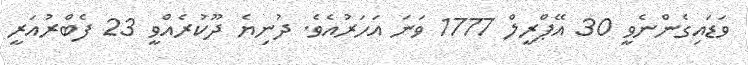
ވަޑައިގެންނެވީ 30 އޭޕްރީލް 1777 ވަނަ އަހަރުއެވެ. ދުނިޔެ ދޫކުރެއްވީ 23 ފެބްރުއަރީ